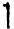
1